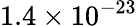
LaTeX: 1.4\times 10^{-23}